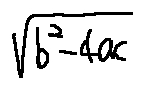
\sqrt { b ^ { 2 } - 4 a c }